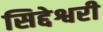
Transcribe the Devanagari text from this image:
सिद्देश्वरी